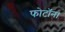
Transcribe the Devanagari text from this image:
फोटॉन।